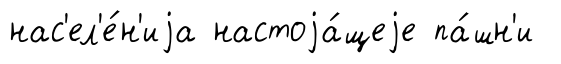
нас'ел'е́н'иjа настоjа́щеjе па́шн'и